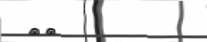
٤١